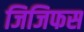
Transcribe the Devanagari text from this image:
जिजिफस